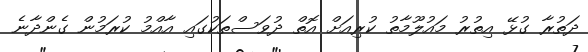
ދަތުރާ ގުޅޭ އިތުރު މައުލޫމާތު ކުރިއަށް އޮތް ދުވަސްތަކުގައި އާއްމު ކުރަމުން ގެންދާނެ